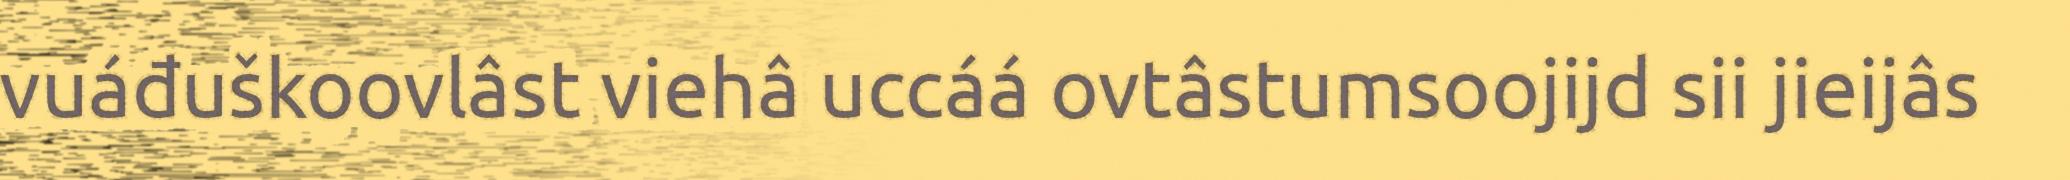
vuáđuškoovlâst viehâ uccáá ovtâstumsoojijd sii jieijâs